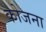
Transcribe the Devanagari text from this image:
कोजना